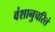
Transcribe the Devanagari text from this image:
वंशानुचरितं